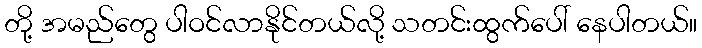
တို့ အမည်တွေ ပါဝင်လာနိုင်တယ်လို့ သတင်းထွက်ပေါ် နေပါတယ်။